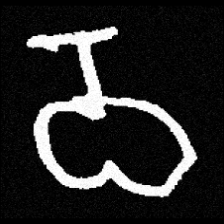
Pyu character \u2014 Myanmar letter: ဝ (romanized: wa)